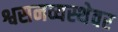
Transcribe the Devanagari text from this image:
श्वसनव्यस्थेवर